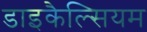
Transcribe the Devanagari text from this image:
डाइकैल्सियम